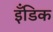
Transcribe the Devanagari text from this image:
इँडिक